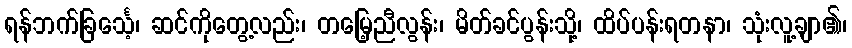
ရန်ဘက်ခြင်္သေ့၊ ဆင်ကိုတွေ့လည်း၊ တမြေ့ညီလွန်း၊ မိတ်ခင်ပွန်းသို့၊ ထိပ်ပန်းရတနာ၊ သုံးလူ့ချာ၏၊